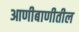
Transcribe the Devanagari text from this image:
आणीबाणीतील